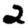
Digit: 2